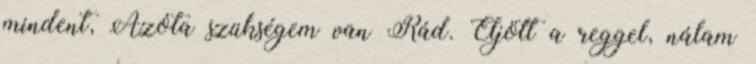
mindent, Azóta szükségem van Rád. Eljött a reggel, nálam